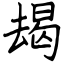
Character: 朅